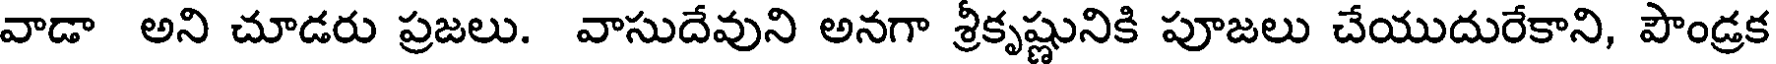
వాడా అని చూడరు ప్రజలు. వాసుదేవుని అనగా శ్రీకృష్ణునికి పూజలు చేయుదురేకాని, పౌండ్రక